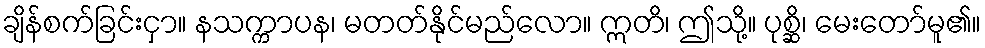
ချိန်စက်ခြင်းငှာ။ နသက္ကာပန၊ မတတ်နိုင်မည်လော။ ဣတိ၊ ဤသို့။ ပုစ္ဆိ၊ မေးတော်မူ၏။